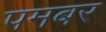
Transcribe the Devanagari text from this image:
पमबर